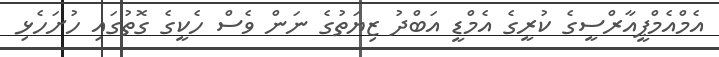
އެމްއެމްޕީއާރްސީގެ ކުރީގެ އެމްޑީ އަބްދު ޒިޔަތުގެ ނަން ވެސް ހެކީގެ ގޮތުގައި ހުށަހެޅި